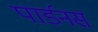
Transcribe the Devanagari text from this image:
पार्डनर्स